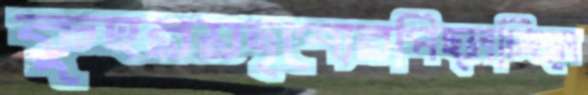
কুহরয়দৃশ্যেরপিছ্‌লচ্ছিলে